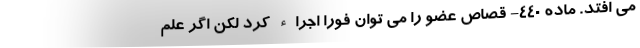
می افتد. ماده ۴۴۰- قصاص عضو را می توان فوراً اجراء کرد لکن اگر علم